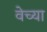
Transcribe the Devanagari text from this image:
वेच्या